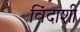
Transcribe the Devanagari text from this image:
विंदाशी